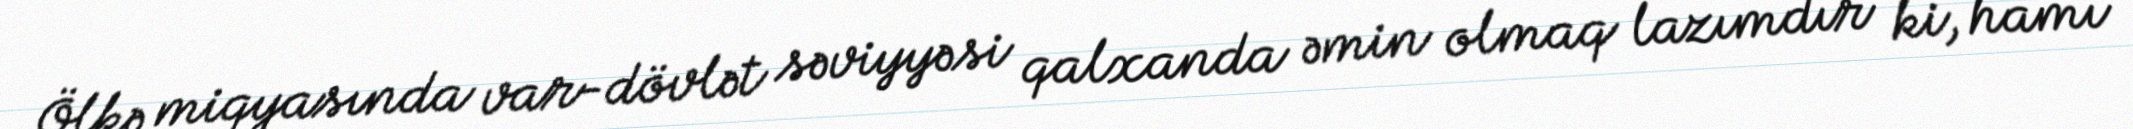
Ölkə miqyasında var-dövlət səviyyəsi qalxanda əmin olmaq lazımdır ki, hamı